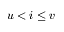
u < i \le v